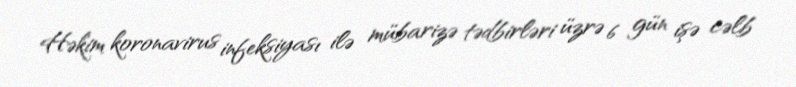
Həkim koronavirus infeksiyası ilə mübarizə tədbirləri üzrə 6 gün işə cəlb